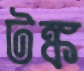
টঙ্ক